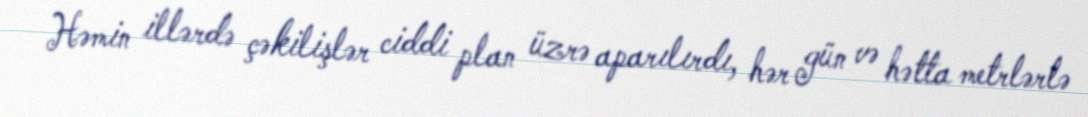
Həmin illərdə çəkilişlər ciddi plan üzrə aparılırdı, hər gün və hətta metrlərlə